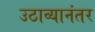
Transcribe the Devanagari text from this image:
उठाव्यानंतर